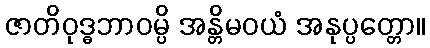
ဇာတိဝုဒ္ဓဘာဝမ္ပိ အန္တိမဝယံ အနုပ္ပတ္တော။